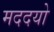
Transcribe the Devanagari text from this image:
मददयो